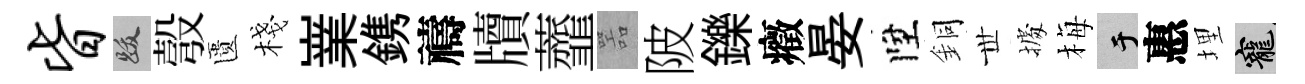
皆跋彀匱棧嶪鎸禱牘虀噐陂鑠癥晏陞銅𠀍𢴃梅于惠埋寵